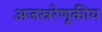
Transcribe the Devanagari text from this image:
अजस्ररेणूकीय